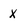
Character: X